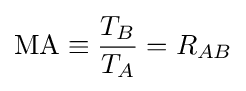
\mathrm {MA} \equiv {\frac {T_{B}}{T_{A}}}=R_{AB}